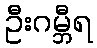
ဦးဂမ္ဘီရ